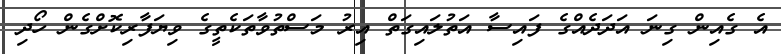
އެ ގެއިން ގިނަ އަދަދެއްގެ ފައިސާ އަތުލައިގަތް އިރު މަސްތުވާތަކެތީގެ ވިޔަފާރިކޮށްގެން ހޯދި